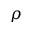
\rho